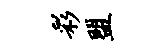
彩盟